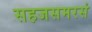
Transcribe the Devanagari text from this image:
सहजसमरसं